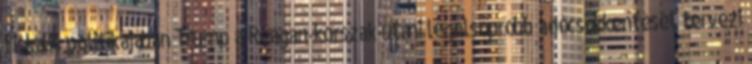
fiskális politikájában Trump a Reagan-korszak utáni legelsöprőbb adócsökkentését tervezi